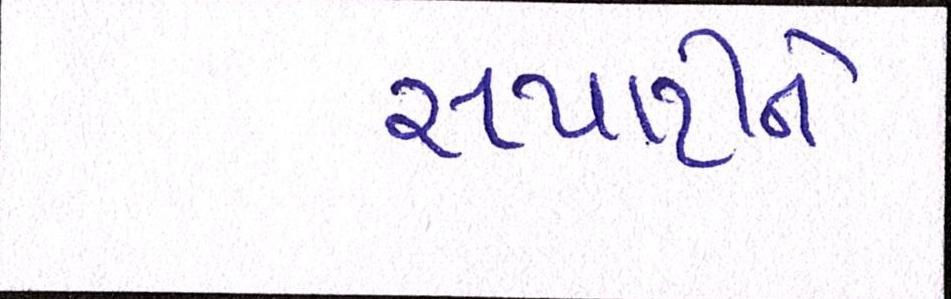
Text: સપાટીને